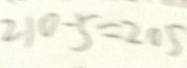
2 1 0 - 5 = 2 0 5